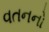
વતનનો